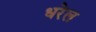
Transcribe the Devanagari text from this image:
धरेल